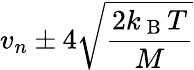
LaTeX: v_{n}\pm 4\sqrt{\frac{2k_{\mathrm{~B~}}T}{M}}